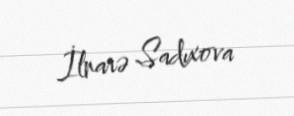
İlnarə Sadıxova